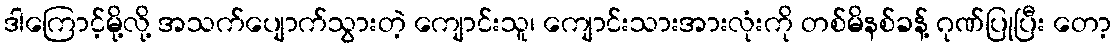
ဒါကြောင့်မို့လို့ အသက်ပျောက်သွားတဲ့ ကျောင်းသူ၊ ကျောင်းသားအားလုံးကို တစ်မိနစ်ခန့် ဂုဏ်ပြုပြီး တော့